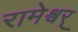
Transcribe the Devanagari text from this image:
रामेश्वर्